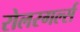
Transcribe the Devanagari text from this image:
रोलरगर्ल्स